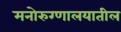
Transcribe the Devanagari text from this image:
मनोरुग्णालयातील